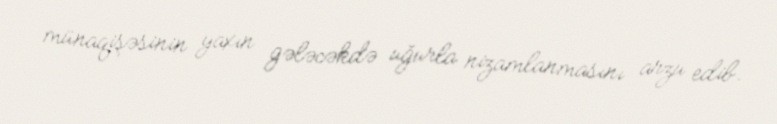
münaqişəsinin yaxın gələcəkdə uğurla nizamlanmasını arzu edib.